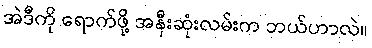
အဲဒီကို ရောက်ဖို့ အနီးဆုံးလမ်းက ဘယ်ဟာလဲ။